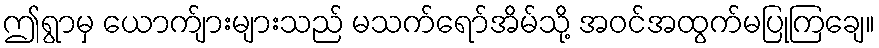
ဤရွာမှ ယောက်ျားများသည် မသက်ရော်အိမ်သို့ အဝင်အထွက်မပြုကြချေ။